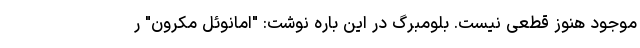
موجود هنوز قطعی نیست. بلومبرگ در این باره نوشت: "امانوئل مکرون" ر